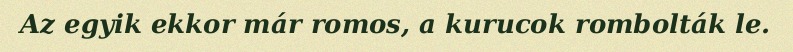
Az egyik ekkor már romos, a kurucok rombolták le.